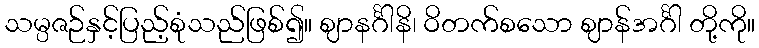
သမ္ပဇဉ်နှင့်ပြည့်စုံသည်ဖြစ်၍။ ဈာနင်္ဂါနိ၊ ဝိတက်စသော ဈာန်အင်္ဂါ တို့ကို။